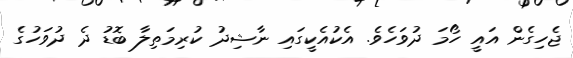
ޖެހިގެން އައީ ހޯމަ ދުވަހެވެ. އެކުއެކީގައި ނާޝިދު ކުރިމަތިލާ ބޮޑު ދެ ދުވަހުގެ